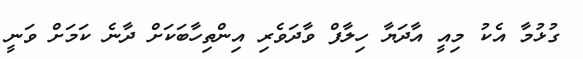
ގުޅުމާ އެކު މިއީ އާދަޔާ ހިލާފް ވާދަވެރި އިންތިހާބަކަށް ދާނެ ކަމަށް ވަނީ